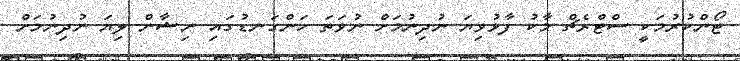
ޓޯންކުރުމަކީ ސްޓްރެޗް މާކު ފާޅުވިޔަ ނުދިނުމަށް ނުވަތަ ހަންގަނޑުގައި ނިޝާން ލިޔަ ނުދިނުމަށް